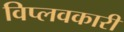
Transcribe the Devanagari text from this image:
विप्लवकारी